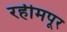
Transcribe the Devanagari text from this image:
रहीमपूर